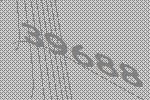
39688